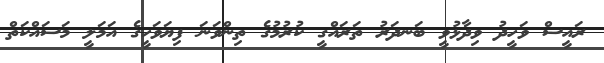
ރައީސް ވަހީދު ވިދާޅުވީ ބަނދަރު ތަރައްގީ ކުރުމުގެ ތިންވަނަ ފިޔަވަހީގެ އަމަލީ މަސައްކަތް